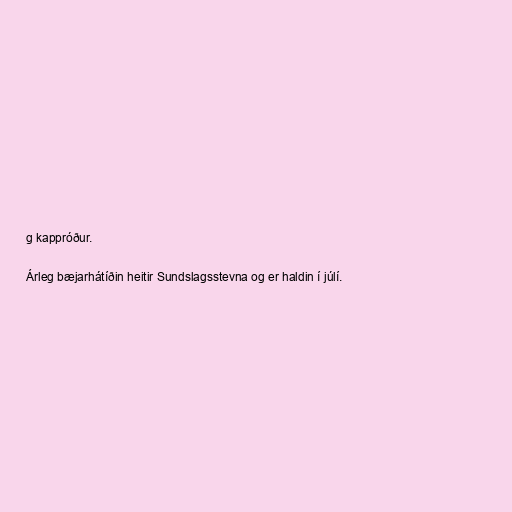
g kappróður.

Árleg bæjarhátíðin heitir Sundslagsstevna og er haldin í júlí.